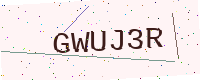
Text: GWUJ3R